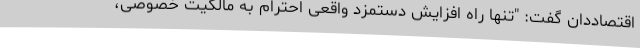
اقتصاددان گفت: "تنها راه افزایش دستمزد واقعی احترام به مالکیت خصوصی،